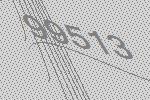
99513